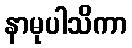
နာမုပါသိကာ